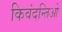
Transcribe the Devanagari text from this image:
किवंदन्तिओ